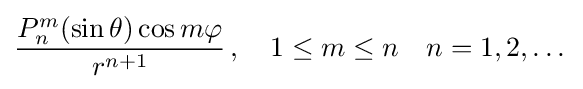
{\frac {P_{n}^{m}(\sin \theta )\cos m\varphi }{r^{n+1}}}\,,\quad 1\leq m\leq n\quad n=1,2,\dots